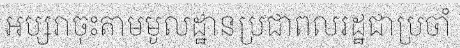
អប្សរាចុះតាមមូលដ្ឋានប្រជាពលរដ្ឋជាប្រចាំ